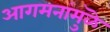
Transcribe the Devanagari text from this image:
आगमनांमुळॆ